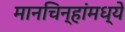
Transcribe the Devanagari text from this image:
मानचिन्हांमध्ये